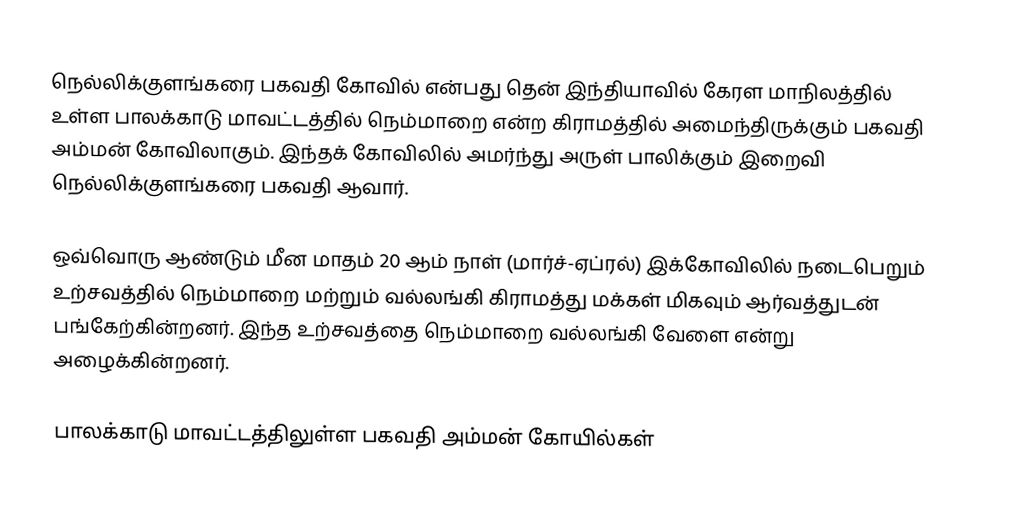
நெல்லிக்குளங்கரை பகவதி கோவில் என்பது தென் இந்தியாவில் கேரள மாநிலத்தில் உள்ள பாலக்காடு மாவட்டத்தில் நெம்மாறை என்ற கிராமத்தில் அமைந்திருக்கும் பகவதி அம்மன் கோவிலாகும். இந்தக் கோவிலில் அமர்ந்து அருள் பாலிக்கும் இறைவி நெல்லிக்குளங்கரை பகவதி ஆவார்.

ஒவ்வொரு ஆண்டும் மீன மாதம் 20 ஆம் நாள் (மார்ச்-ஏப்ரல்) இக்கோவிலில் நடைபெறும் உற்சவத்தில் நெம்மாறை மற்றும் வல்லங்கி கிராமத்து மக்கள் மிகவும் ஆர்வத்துடன் பங்கேற்கின்றனர். இந்த உற்சவத்தை நெம்மாறை வல்லங்கி வேளை என்று அழைக்கின்றனர்.

பாலக்காடு மாவட்டத்திலுள்ள பகவதி அம்மன் கோயில்கள்